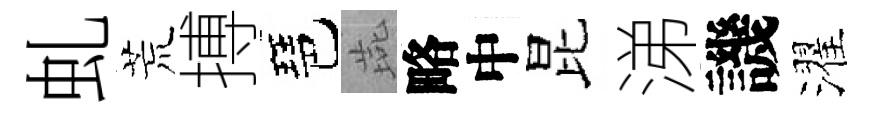
虬荒搏琶燕略中昆涕譏濯